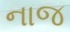
નાજ